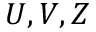
U , V , Z